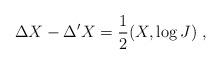
LaTeX: \begin{align*}\Delta X-\Delta 'X=\frac{1}{2}(X,\log J)\ ,\end{align*}